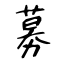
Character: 募